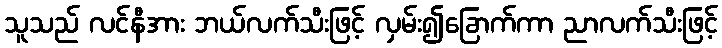
သူသည် လင်နီအား ဘယ်လက်သီးဖြင့် လှမ်း၍ခြောက်ကာ ညာလက်သီးဖြင့်